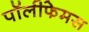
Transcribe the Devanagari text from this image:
पॉलीफेमस